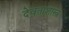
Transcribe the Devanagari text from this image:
देवताशास्त्र